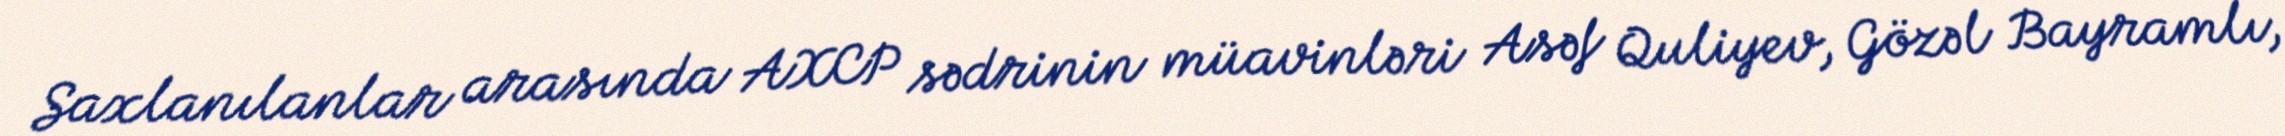
Saxlanılanlar arasında AXCP sədrinin müavinləri Asəf Quliyev, Gözəl Bayramlı,